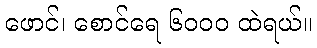
ဖောင်၊ စောင်ရေ ၆၀၀၀ ထဲရယ်။